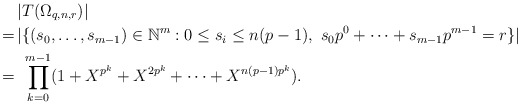
\begin{align*}&|T(\Omega_{q,n,r})|\cr=\,&|\{(s_0,\dots,s_{m-1})\in\Bbb N^m: 0\le s_i\le n(p-1),\ s_0p^0+\cdots+s_{m-1}p^{m-1}=r\}|\cr=\,&\ \prod_{k=0}^{m-1}(1+X^{p^k}+X^{2p^k}+\cdots+X^{n(p-1)p^k}).\end{align*}